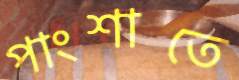
পাংশাতে